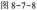
图8-7-8